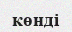
көнді